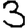
Digit: 3